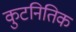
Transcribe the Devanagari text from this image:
कुटनितिक